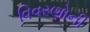
વિવરણોની